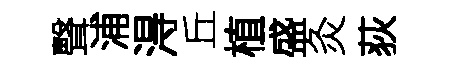
聲浦淂丘植盛灸荻